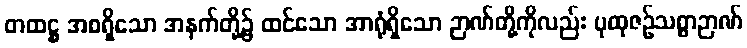
တထဋ္ဌ အစရှိသော အနက်တို့၌ ထင်သော အာရုံရှိသော ဉာဏ်တို့ကိုလည်း ပုထုဇဉ်သစ္စာဉာဏ်